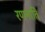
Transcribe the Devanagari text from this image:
रणनाति